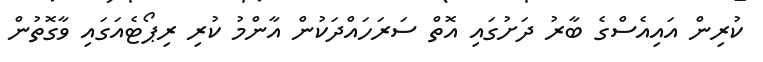
ކުރިން އައިއެސްގެ ބާރު ދަށުގައި އޮތް ސަރަހައްދަކުން އާންމު ކުރި ރިޕޯޓެއަގައި ވާގޮތުން